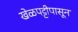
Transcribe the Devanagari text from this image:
खेळपट्टीपासून